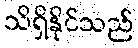
သိရှိနိုင်သည်